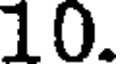
10.